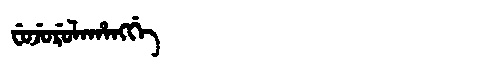
Manchu: ᠸᡠᠵᡠᡵᡠᠯᠠᡥᠠᠩᡤᡝ
Romanization: FUJURULAHANGGE